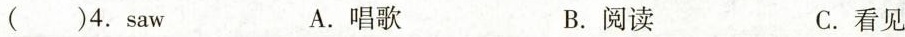
( )4. saw B. 阅读 C. 和